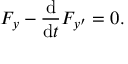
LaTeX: F _ { y } - { \frac { \mathrm { d } } { \mathrm { d } t } } F _ { y ^ { \prime } } = 0 .